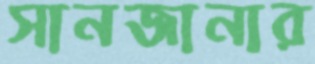
সানজানার